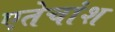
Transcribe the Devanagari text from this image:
एतेचांश